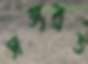
সত্যব্রত